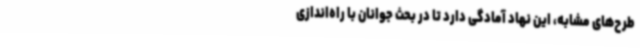
طرح‌های مشابه، این نهاد آمادگی دارد تا در بحث جوانان با راه‌اندازی